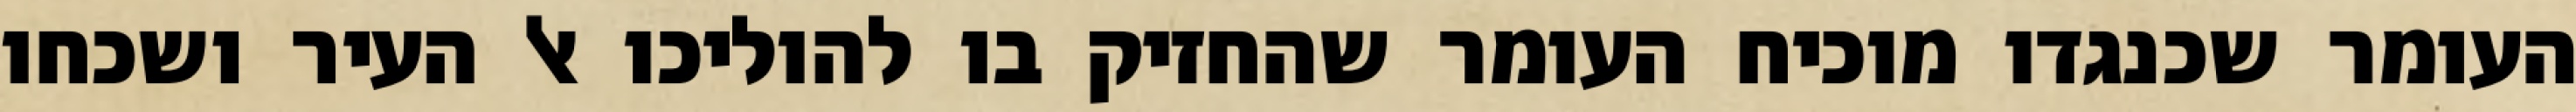
העומר שכנגדו מוכיח העומר שהחזיק בו להוליכו אל העיר ושכחו